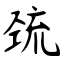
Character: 巯